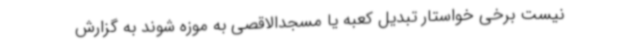
نیست برخی خواستار تبدیل کعبه یا مسجدالاقصی به موزه شوند به گزارش